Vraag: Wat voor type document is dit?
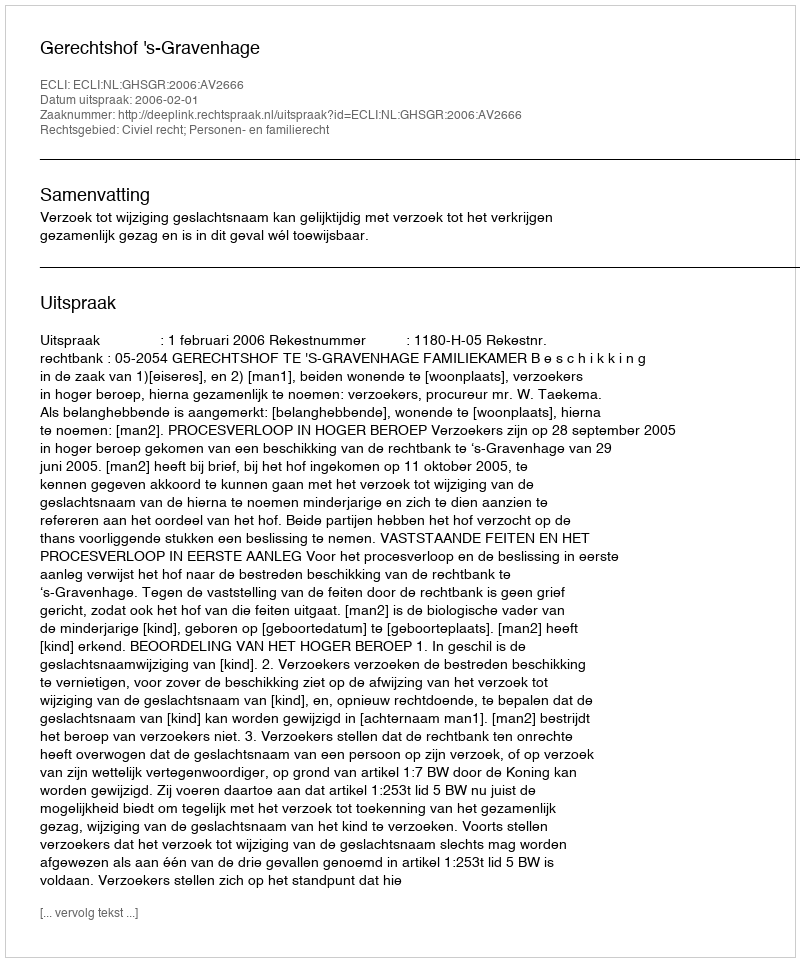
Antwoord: Uitspraak